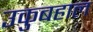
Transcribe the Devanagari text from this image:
उकुबहाल